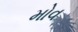
મોવ